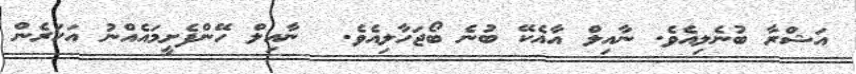
އަޝްރާ ބުނެލިއެވެ. ނާއިލް އާއެކޭ ބުނެ ބޯޖަހާލިއެވެ.  ނާއިލް ހޭންފެށީމައެއްނު އަހަރެން